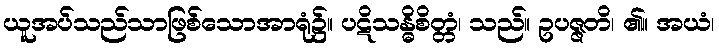
ယူအပ်သည်သာဖြစ်သောအာရုံ၌။ ပဋိသန္ဓိစိတ္တံ၊ သည်။ ဥပဇ္ဇတိ၊ ၏။ အယံ၊